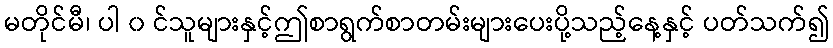
မတိုင်မီ၊ ပါ ၀ င်သူများနှင့်ဤစာရွက်စာတမ်းများပေးပို့သည့်နေ့နှင့် ပတ်သက်၍